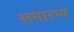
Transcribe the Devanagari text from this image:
समारभ्य